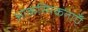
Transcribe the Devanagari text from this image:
आकस्मिकताएँ